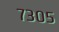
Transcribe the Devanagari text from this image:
७३०५